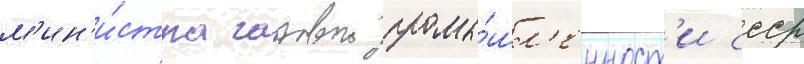
м'ин'и́стра газовои промы́шл'енност'и ссср